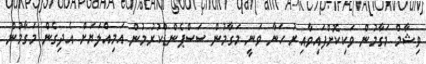
ވިޝާމް މަގާމުން ވަކިކޮށްފައިވާއިރު ހަނާ ވަނީ މަގާމުން ސަސްޕެންޑްކުރުމުން އަމިއްލަޔަށް އެދިގެން މަގާމުން